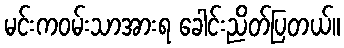
မင်းကဝမ်းသာအားရ ခေါင်းညိတ်ပြတယ်။